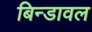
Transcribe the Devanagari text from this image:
बिन्डावल